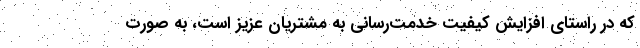
که در راستای افزایش کیفیت خدمت­رسانی به مشتریان عزیز است، به صورت